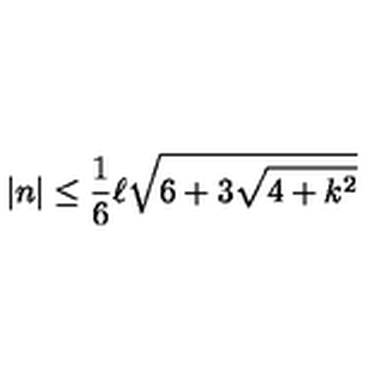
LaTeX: \left| n \right| \leq \frac { 1 } { 6 } \ell \sqrt { 6 + 3 \sqrt { 4 + k ^ { 2 } } }